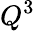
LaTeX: Q^{3}